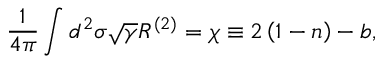
\frac { 1 } { 4 \pi } \int d ^ { 2 } \sigma \sqrt { \gamma } R ^ { ( 2 ) } = \chi \equiv 2 \left( 1 - n \right) - b ,